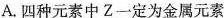
A.四种元素中Z一定为金属元素